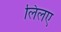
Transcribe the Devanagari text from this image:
लिलए